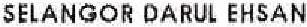
SELANGOR DARUL EHSAN